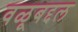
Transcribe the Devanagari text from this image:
वळूबद्दल